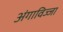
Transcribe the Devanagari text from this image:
अंगाविज्जा